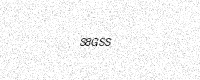
Text: S8GSS